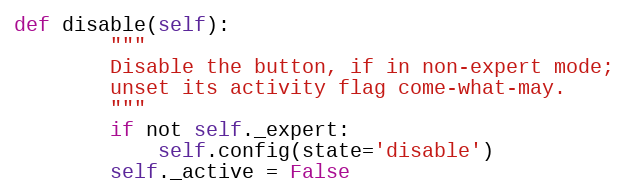
Language: Python
def disable(self):
        """
        Disable the button, if in non-expert mode;
        unset its activity flag come-what-may.
        """
        if not self._expert:
            self.config(state='disable')
        self._active = False